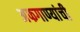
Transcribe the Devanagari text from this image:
अफगाण्यांची